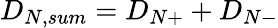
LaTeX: D_{N,sum}=D_{N+}+D_{N-}